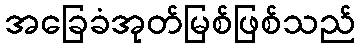
အခြေခံအုတ်မြစ်ဖြစ်သည်